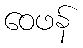
ဝေဖန်